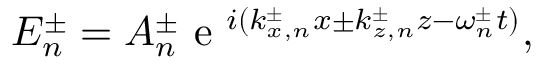
E _ { n } ^ { \pm } = A _ { n } ^ { \pm } \mathrm { ~ e ~ } ^ { i ( k _ { x , n } ^ { \pm } x \pm k _ { z , n } ^ { \pm } z - \omega _ { n } ^ { \pm } t ) } ,